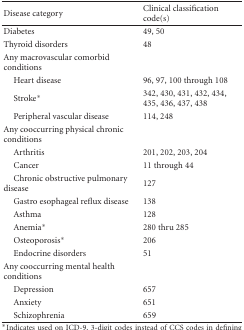
<table><thead><tr><td><b>Disease category</b></td><td><b>Clinical classification code(s)</b></td></tr></thead><tbody><tr><td>Diabetes </td><td>49, 50</td></tr><tr><td>Thyroid disorders</td><td>48</td></tr><tr><td>Any macrovascular comorbid conditions</td><td> </td></tr><tr><td> Heart disease</td><td>96, 97, 100 through 108</td></tr><tr><td> Stroke*</td><td>342, 430, 431, 432, 434, 435, 436, 437, 438</td></tr><tr><td> Peripheral vascular disease</td><td>114, 248</td></tr><tr><td>Any cooccurring physical chronic conditions</td><td> </td></tr><tr><td> Arthritis</td><td>201, 202, 203, 204</td></tr><tr><td> Cancer</td><td>11 through 44</td></tr><tr><td> Chronic obstructive pulmonary disease</td><td>127</td></tr><tr><td> Gastro esophageal reflux disease</td><td>138</td></tr><tr><td> Asthma</td><td>128</td></tr><tr><td> Anemia*</td><td>280 thru 285</td></tr><tr><td> Osteoporosis*</td><td>206</td></tr><tr><td> Endocrine disorders</td><td>51</td></tr><tr><td>Any cooccurring mental health conditions</td><td> </td></tr><tr><td> Depression</td><td>657</td></tr><tr><td> Anxiety</td><td>651</td></tr><tr><td> Schizophrenia</td><td>659</td></tr></tbody></table>